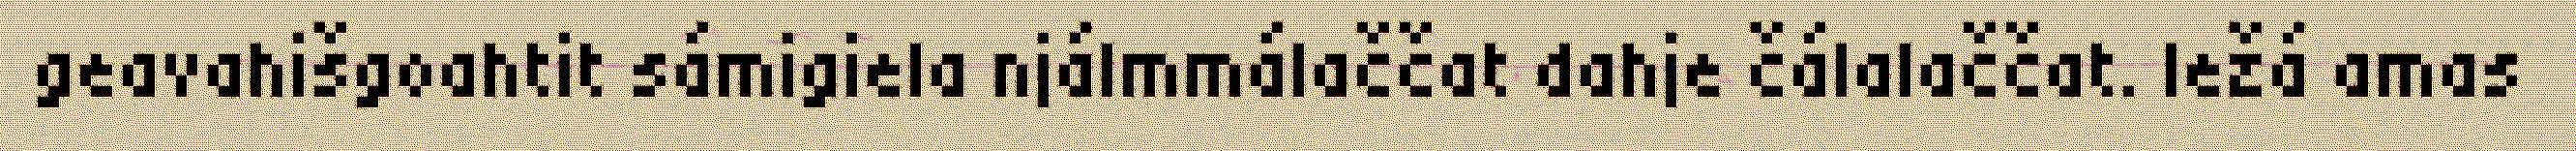
geavahišgoahtit sámigiela njálmmálaččat dahje čálalaččat. Iežá amas